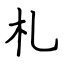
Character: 札